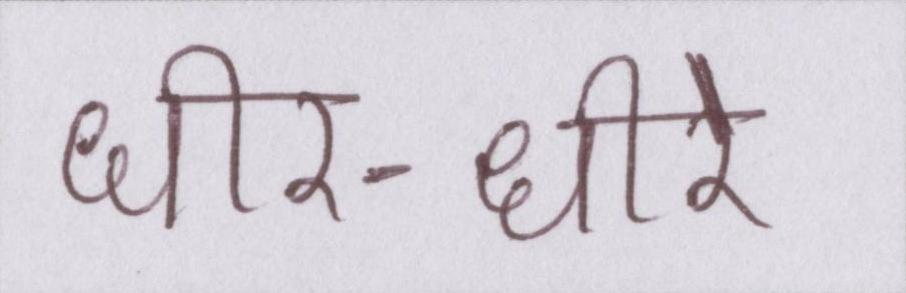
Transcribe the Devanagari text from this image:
धीर-धीरे